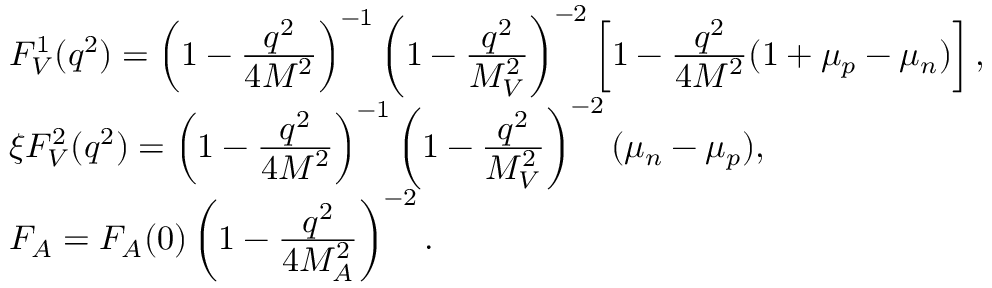
\begin{array} { l } { { F _ { V } ^ { 1 } ( q ^ { 2 } ) = \left( 1 - \frac { \displaystyle q ^ { 2 } } { \displaystyle 4 M ^ { 2 } } \right) ^ { - 1 } \left( 1 - \frac { \displaystyle q ^ { 2 } } { \displaystyle M _ { V } ^ { 2 } } \right) ^ { - 2 } \left[ 1 - \frac { \displaystyle q ^ { 2 } } { \displaystyle 4 M ^ { 2 } } ( 1 + \mu _ { p } - \mu _ { n } ) \right] , } } \\ { { \xi F _ { V } ^ { 2 } ( q ^ { 2 } ) = \left( 1 - \frac { \displaystyle q ^ { 2 } } { \displaystyle 4 M ^ { 2 } } \right) ^ { - 1 } \left( 1 - \frac { \displaystyle q ^ { 2 } } { \displaystyle M _ { V } ^ { 2 } } \right) ^ { - 2 } ( \mu _ { n } - \mu _ { p } ) , } } \\ { { F _ { A } = F _ { A } ( 0 ) \left( 1 - \frac { \displaystyle q ^ { 2 } } { \displaystyle 4 M _ { A } ^ { 2 } } \right) ^ { - 2 } . } } \end{array}